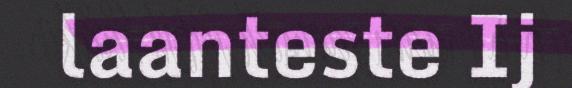
laanteste Ij